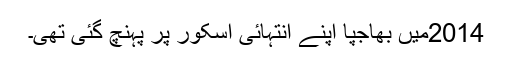
2014میں بھاجپا اپنے انتہائی اسکور پر پہنچ گئی تھی۔